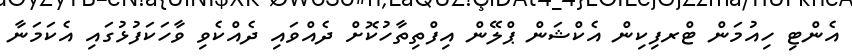
އެންޓި ހިއުމަން ޓްރފިކިން އެކްޝަން ޕްލޭން އިފްތިތާހުކޮށް ދެއްވަައި ދެއްކެވި ވާހަކަފުޅުގައި އެކަމަނާ